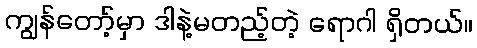
ကျွန်တော့်မှာ ဒါနဲ့မတည့်တဲ့ ရောဂါ ရှိတယ်။